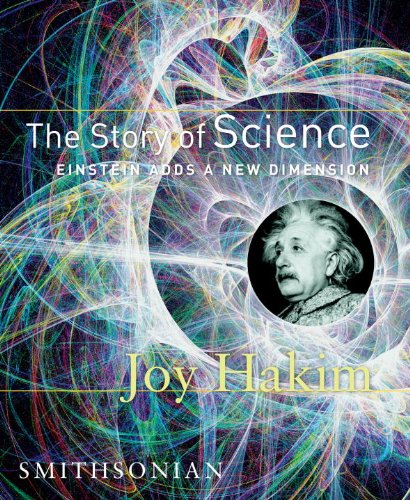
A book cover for The Story of Science: Einstein Adds a New Dimension; Joy Hakim; Science & Math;